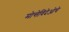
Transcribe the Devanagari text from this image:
मोन्तेविदेओचे